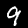
Digit: 9